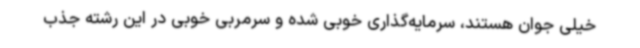
خیلی جوان هستند، سرمایه‌گذاری خوبی شده و سرمربی خوبی در این رشته جذب